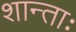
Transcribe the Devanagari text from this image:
शान्ताः